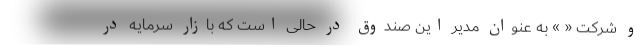
و شرکت « » به عنوان مدیر این صندوق در حالی است که بازار سرمایه در